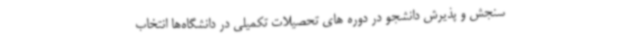
سنجش و پذیرش دانشجو در دوره های تحصیلات تکمیلی در دانشگاه‌ها انتخاب